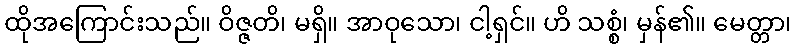
ထိုအကြောင်းသည်။ ဝိဇ္ဇတိ၊ မရှိ။ အာဝုသော၊ ငါ့ရှင်။ ဟိ သစ္စံ၊ မှန်၏။ မေတ္တာ၊